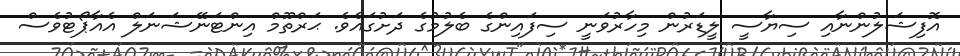
އޮފިޝަލުންނާއި ސިޔާސީ ލީޑަރުން މިހާރުވަނީ ސިފައިންގެ ބެލުމުގެ ދަށުގައެވެ. ޙަރްތޫމް އިންޓަނޭޝަނަލް އެއާޕޯޓުވެސް